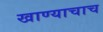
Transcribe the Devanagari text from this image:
खाण्याचाच